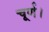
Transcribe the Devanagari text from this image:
चूर्ण।